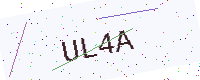
Text: UL4A